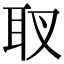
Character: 𦔹